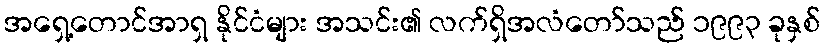
အရှေ့တောင်အာရှ နိုင်ငံများ အသင်း၏ လက်ရှိအလံတော်သည် ၁၉၉၃ ခုနှစ်